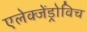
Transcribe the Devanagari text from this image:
एलेक्जेंड्रोविच